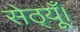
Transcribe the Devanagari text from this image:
सेठ्यूँ।